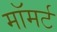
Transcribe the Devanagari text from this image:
मॉमर्ट